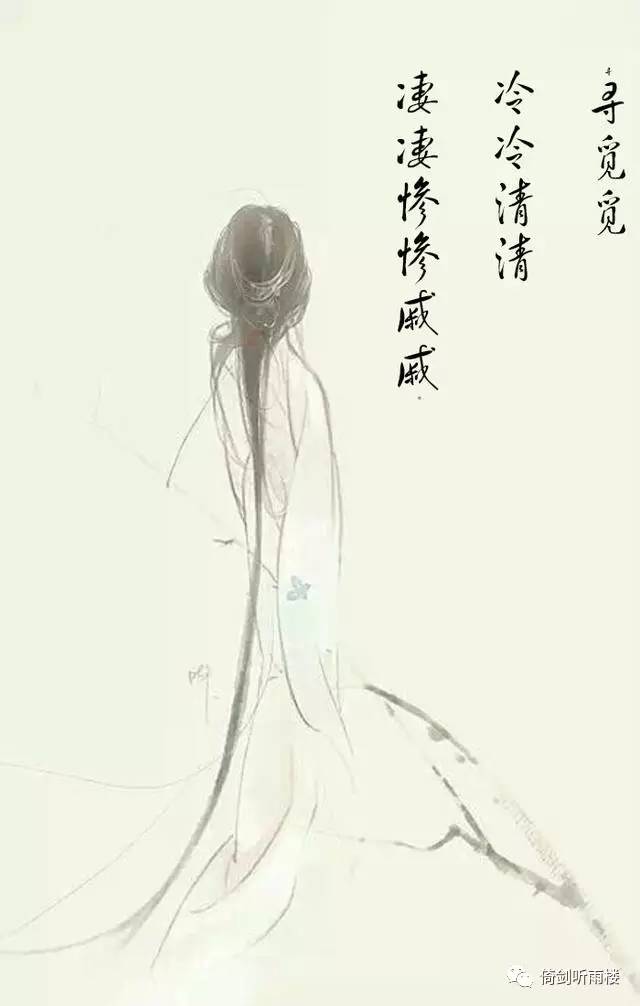
寻寻觅觅，冷冷清清，凄凄惨惨戚戚。